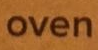
oven